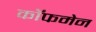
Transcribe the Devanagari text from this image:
कॉफमेन